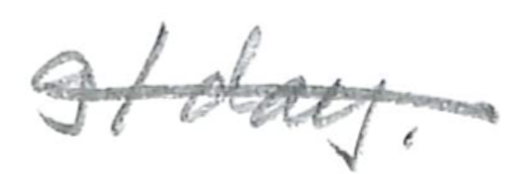
Text: g/day.
Cross-out: single-line
Writing tool: pencil